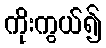
ကိုးကွယ်၍